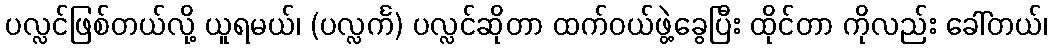
ပလ္လင်ဖြစ်တယ်လို့ ယူရမယ်၊ (ပလ္လင်္က) ပလ္လင်ဆိုတာ ထက်ဝယ်ဖွဲ့ခွေပြီး ထိုင်တာ ကိုလည်း ခေါ်တယ်၊